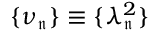
{ \{ \nu _ { \mathfrak { n } } \} \equiv \{ \lambda _ { \mathfrak { n } } ^ { 2 } \} }